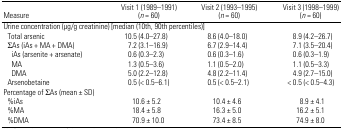
| Measure | Visit 1 (1989–1991) (n = 60) | Visit 2 (1993–1995) (n = 60) | Visit 3 (1998–1999) (n = 60) |
 | --- | --- | --- | --- |
 | <COLSPAN=4> Urine concentration (μg/g creatinine) [median (10th, 90th percentiles)] |
 | Total arsenic | 10.5 (4.0–27.8) | 8.6 (4.0–18.0) | 8.9 (4.2–26.7) |
 | ∑As (iAs + MA + DMA) | 7.2 (3.1–16.9) | 6.7 (2.9–14.4) | 7.1 (3.5–20.4) |
 | iAs (arsenite + arsenate) | 0.6 (0.3–2.3) | 0.6 (0.3–1.6) | 0.6 (0.3–1.9) |
 | MA | 1.3 (0.5–3.6) | 1.1 (0.5–2.0) | 1.1 (0.5–3.3) |
 | DMA | 5.0 (2.2–12.8) | 4.8 (2.2–11.4) | 4.9 (2.7–15.0) |
 | Arsenobetaine | 0.5 (< 0.5–6.1) | 0.5 (< 0.5–2.1) | < 0.5 (< 0.5–4.3) |
 | <COLSPAN=4> Percentage of ∑As (mean ± SD) |
 | %iAs | 10.6 ± 5.2 | 10.4 ± 4.6 | 8.9 ± 4.1 |
 | %MA | 18.4 ± 5.8 | 16.3 ± 5.0 | 16.2 ± 5.1 |
 | %DMA | 70.9 ± 10.0 | 73.4 ± 8.5 | 74.9 ± 8.0 |